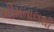
ભીમતાલથી